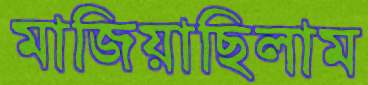
মাজিয়াছিলাম